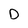
Character: D